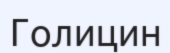
Голицин